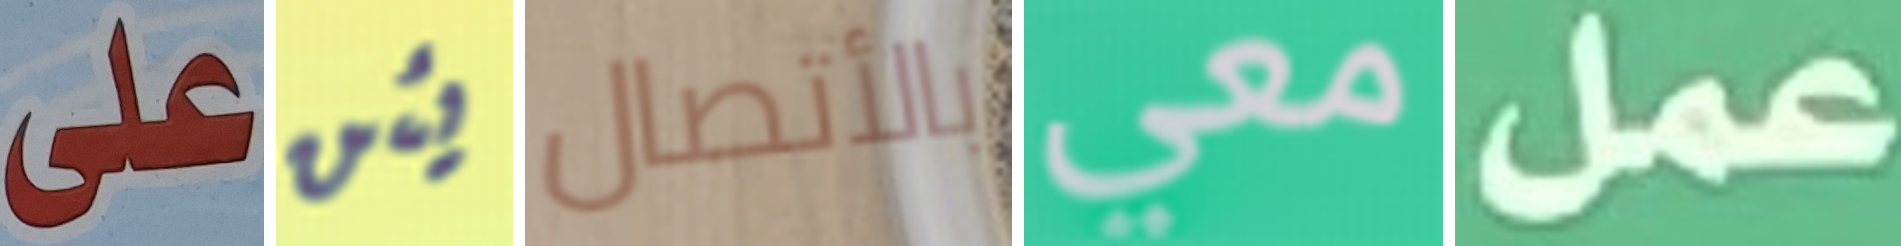
على يئن بالأتصال معي عمل